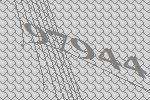
97944